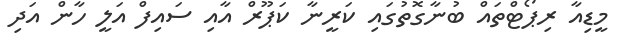
މީޑިއާ ރިޕޯޓްތައް ބުނާގޮތުގައި ކަރީނާ ކަޕޫރް އާއި ސައިފް އަލީ ހާން އަދި